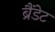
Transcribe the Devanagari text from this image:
ब्रैंडेट